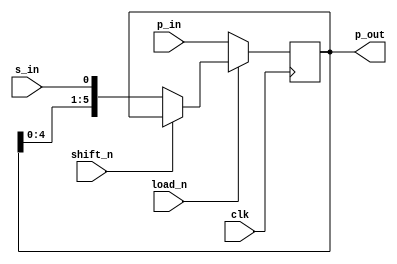


//--------------------------------------------------------------------------------------------------
//
// Title       : DW03_shftreg
// Design      : DW03_shftreg

//-------------------------------------------------------------------------------------------------
//
// Description : DW03_shftreg is a shift register of parameterized length. The active LOW load 
// enable, load_n, provides parallel load access and the active LOW shift enable, shift_n, shifts 
// the data. If load_n is set to a constant HIGH value during synthesis, a serial shifter with no 
// parallel access is built. The serial output of the shift register is computed as p_out(length-1).
//
//-------------------------------------------------------------------------------------------------

module DW03_shftreg (clk, s_in, p_in, shift_n, load_n, p_out)/* synthesis syn_builtin_du = "weak" */;
parameter length = 6;

//Input/output declaration
input 				    clk;     
input                   s_in;
input [length - 1 : 0]  p_in;
input 				    shift_n; 
input 				    load_n;  
output [length - 1 : 0] p_out;

//Signal declaration
reg [length - 1 : 0] serial;
reg [length-1 : 0] p_out;
integer	i;

//Combo implementation
always @ ( p_out or s_in )
	begin
		serial[0] = s_in;
    //synthesis loop_limit 2000
		for ( i = 0; i < length - 1; i = i + 1 )
			serial[i+1] = p_out[i];
	end
	
//Shift register implementation	
always @(posedge clk)	
	if (!load_n)
		p_out <= p_in;
	else if (!shift_n )
		p_out <= serial;

endmodule